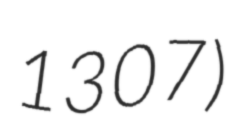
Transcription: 1307)